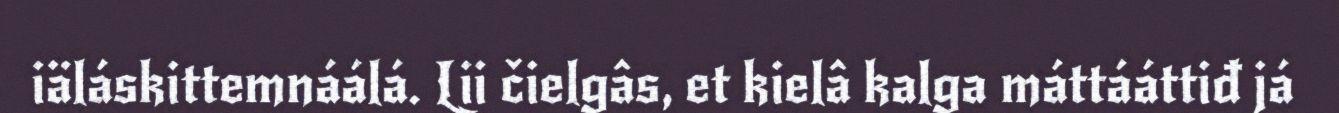
iäláskittemnáálá. Lii čielgâs, et kielâ kalga máttááttiđ já